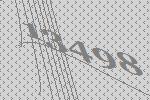
13498